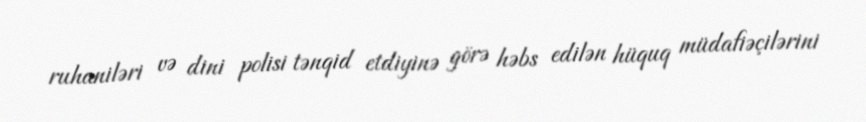
ruhaniləri və dini polisi tənqid etdiyinə görə həbs edilən hüquq müdafiəçilərini